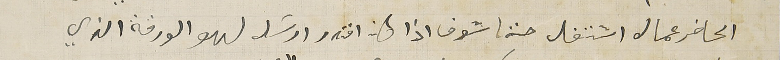
الحاضر عمال اشتغل حتا شوف اذا كان اقتدر ارسَل لهو الورقة الذي